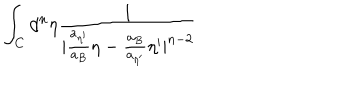
\int _ { C } { d ^ { n } } { \eta } \frac { 1 } { | \frac { a _ { { \eta } ^ { \prime } } } { a _ { B } } { \eta } - \frac { a _ { B } } { a _ { { \eta } ^ { \prime } } } { \eta } ^ { \prime } | ^ { n - 2 } }